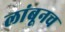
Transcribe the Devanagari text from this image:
लांबूनच